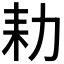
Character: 𮰍